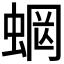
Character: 𧍑